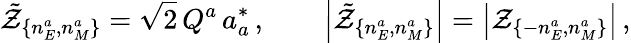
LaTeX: \tilde{\cal Z}_{\{ n_{E}^{a},n_{M}^{a}\} }=\sqrt{2}\, Q^{a}\, a_{a}^{*}\, ,\qquad\left|\tilde{\cal Z}_{\{ n_{E}^{a},n_{M}^{a}\} }\right|=\left|{\cal Z}_{\{ -n_{E}^{a},n_{M}^{a}\} }\right|\, ,